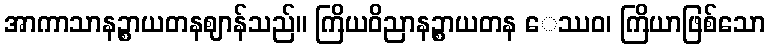
အာကာသာနဉ္စာယတနဈာန်သည်။ ကြိယဝိညာနဉ္စာယတန ေဿဝ၊ ကြိယာဖြစ်သော